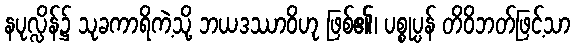
နပုလ္လိန်၌ သုခကာရိကဲ့သို့ ဘယဒဿာဝိဟု ဖြစ်၏၊ ပစ္စုပ္ပန် တိဝိဘတ်ဖြင့်သာ